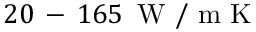
2 0 \, - \, 1 6 5 \, \mathrm { ~ W ~ / ~ m ~ K ~ }